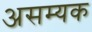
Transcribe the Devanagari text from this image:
असम्यक